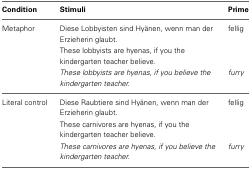
| Condition | Stimuli | Prime |
 | --- | --- | --- |
 | Metaphor | Diese Lobbyisten sind Hyänen, wenn man der Erzieherin glaubt. | fellig |
 |  | These lobbyists are hyenas, if you the kindergarten teacher believe. |  |
 |  | These lobbyists are hyenas, if you believe the kindergarten teacher. | furry |
 | Literal control | Diese Raubtiere sind Hyänen, wenn man der Erzieherin glaubt. | fellig |
 |  | These carnivores are hyenas, if you the kindergarten teacher believe. |  |
 |  | These carnivores are hyenas, if you believe the kindergarten teacher. | furry |